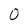
Character: O